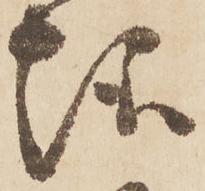
趣